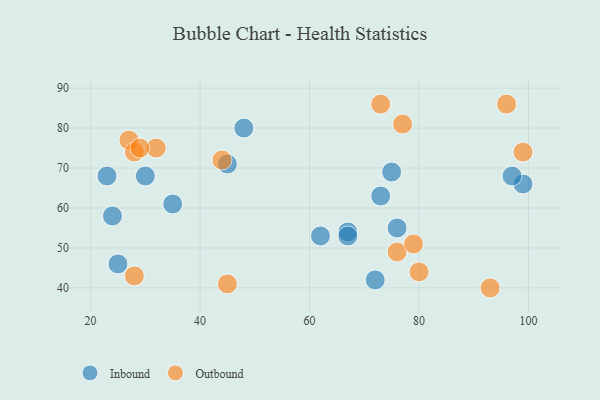
{"axis": {"x": "GDP", "y": "Life Expectancy"}, "legend": ["Inbound", "Outbound"], "data": [{"x": "72", "y": 42, "type": "Inbound"}, {"x": "48", "y": 80, "type": "Inbound"}, {"x": "35", "y": 61, "type": "Inbound"}, {"x": "99", "y": 66, "type": "Inbound"}, {"x": "23", "y": 68, "type": "Inbound"}, {"x": "97", "y": 68, "type": "Inbound"}, {"x": "25", "y": 46, "type": "Inbound"}, {"x": "67", "y": 54, "type": "Inbound"}, {"x": "73", "y": 63, "type": "Inbound"}, {"x": "76", "y": 55, "type": "Inbound"}, {"x": "62", "y": 53, "type": "Inbound"}, {"x": "30", "y": 68, "type": "Inbound"}, {"x": "67", "y": 53, "type": "Inbound"}, {"x": "75", "y": 69, "type": "Inbound"}, {"x": "24", "y": 58, "type": "Inbound"}, {"x": "45", "y": 71, "type": "Inbound"}, {"x": "93", "y": 40, "type": "Outbound"}, {"x": "32", "y": 75, "type": "Outbound"}, {"x": "45", "y": 41, "type": "Outbound"}, {"x": "27", "y": 77, "type": "Outbound"}, {"x": "99", "y": 74, "type": "Outbound"}, {"x": "28", "y": 43, "type": "Outbound"}, {"x": "77", "y": 81, "type": "Outbound"}, {"x": "76", "y": 49, "type": "Outbound"}, {"x": "28", "y": 74, "type": "Outbound"}, {"x": "96", "y": 86, "type": "Outbound"}, {"x": "79", "y": 51, "type": "Outbound"}, {"x": "44", "y": 72, "type": "Outbound"}, {"x": "73", "y": 86, "type": "Outbound"}, {"x": "29", "y": 75, "type": "Outbound"}, {"x": "80", "y": 44, "type": "Outbound"}]}